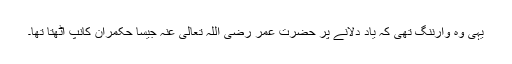
یہی وہ وارننگ تھی کہ یاد دلانے پر حضرت عمر رضی اللہ تعالی عنہ جیسا حکمران کانپ اٹھتا تھا۔